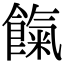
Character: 餼